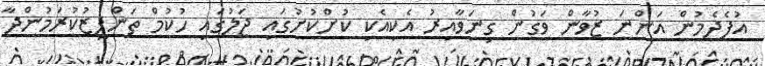
އުފެދެމުން އަންނަ ޒުވާން ވަގުން ގިނަވާއިރު އެކިއެކި ކުށްކުށުގައި ޖަލުގައި ހުކުމް ތަންފީޒުކުރަމުންދާ